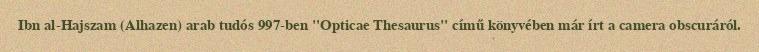
Ibn al-Hajszam (Alhazen) arab tudós 997-ben "Opticae Thesaurus" című könyvében már írt a camera obscuráról.